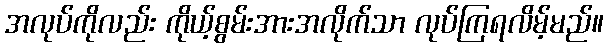
အလုပ်ကိုလည်း ကိုယ့်စွမ်းအားအလိုက်သာ လုပ်ကြရလိမ့်မည်။